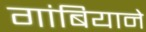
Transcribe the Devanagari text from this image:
गांबियाने